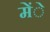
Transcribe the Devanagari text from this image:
मेंे